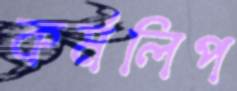
কর্মলিপ